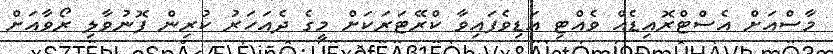
މާސްއަށް އެސްޓްރޮއިޑެއް ވެއްޓި އަޑިވެފައިވާ ކްރޭޓަރަކަށް މީގެ ދެއަހަރު ކުރިން ފޮނުވާލި ރޯވާއަށް